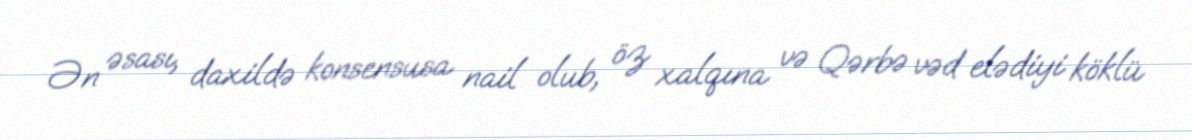
Ən əsası, daxildə konsensusa nail olub, öz xalqına və Qərbə vəd elədiyi köklü